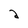
Character: d